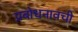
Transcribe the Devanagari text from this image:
प्रबोधनावची